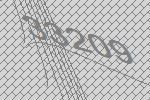
33209